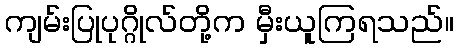
ကျမ်းပြုပုဂ္ဂိုလ်တို့က မှီးယူကြရသည်။